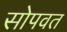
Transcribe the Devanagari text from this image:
सोपवत